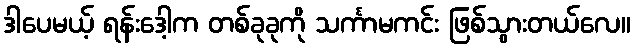
ဒါပေမယ့် ရန်းဒေါ့က တစ်ခုခုကို သင်္ကာမကင်း ဖြစ်သွားတယ်လေ။